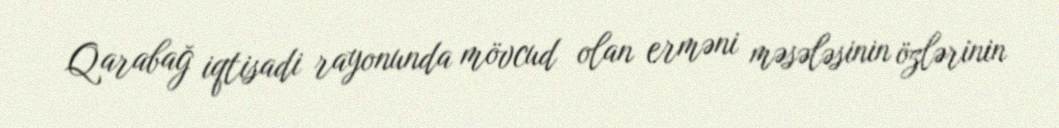
Qarabağ iqtisadi rayonunda mövcud olan erməni məsələsinin özlərinin